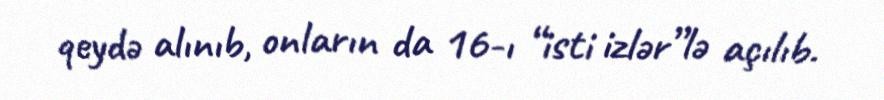
qeydə alınıb, onların da 16-ı “isti izlər”lə açılıb.